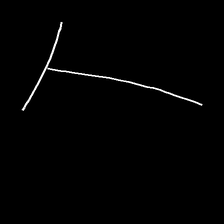
Glyph: column